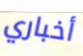
أخباري